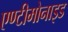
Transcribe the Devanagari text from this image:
एण्टीमोनाइड